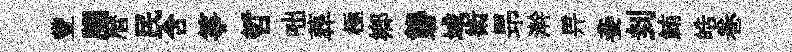
豐腦暦民含筝哲咄葬極鄉礱域術昻澣畀妾刲鮪皓巻